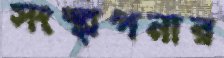
সংস্থাপনার